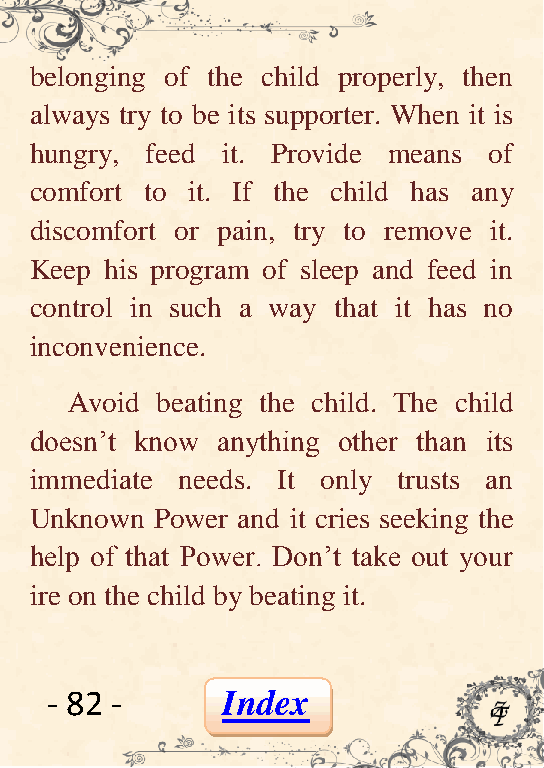
belonging of the child properly, then
 always try to be its supporter. When it is
 hungry, feed it. Provide means of
 comfort to it. If the child has any
 discomfort or pain, try to remove it.
 Keep his program of sleep and feed in
 control in such a way that it has no
 inconvenience.
 Avoid beating the child. The child
 doesn’t know anything other than its
 immediate needs. It only trusts an
 Unknown Power and it cries seeking the
 help of that Power. Don’t take out your
 ire on the child by beating it.
 - 82 -      Index